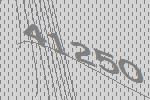
41250